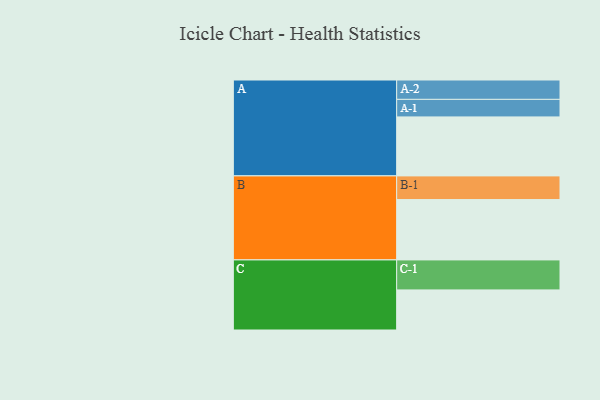
{"axis": {"x": "Segment", "y": "Value"}, "legend": ["", "A", "B", "C"], "data": [{"x": "A", "y": 521, "type": ""}, {"x": "B", "y": 533, "type": ""}, {"x": "C", "y": 354, "type": ""}, {"x": "A-1", "y": 155, "type": "A"}, {"x": "A-2", "y": 171, "type": "A"}, {"x": "B-1", "y": 209, "type": "B"}, {"x": "C-1", "y": 265, "type": "C"}]}